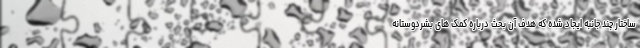
ساختار چند جانبه ایجاد شده که هدف آن بحث درباره کمک های بشردوستانه